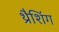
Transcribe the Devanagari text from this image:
थ्रैशिंग